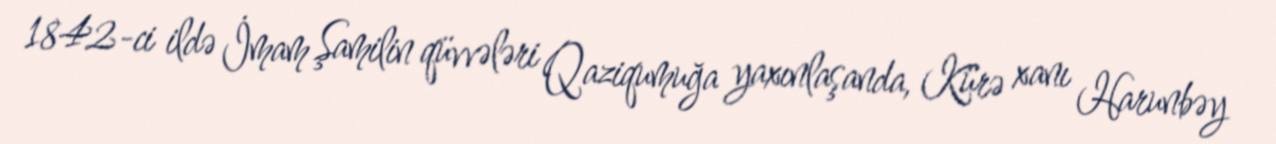
1842-ci ildə İmam Şamilin qüvvələri Qaziqumuğa yaxınlaşanda, Kürə xanı Harunbəy